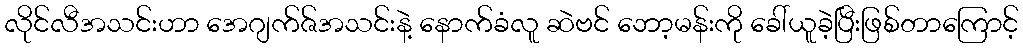
လိုင်လီအသင်းဟာ အေဂျက်ဇ်အသင်းနဲ့ နောက်ခံလူ ဆဲဗင် ဘော့မန်းကို ခေါ်ယူခဲ့ပြီးဖြစ်တာကြောင့်